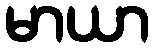
မာယာ